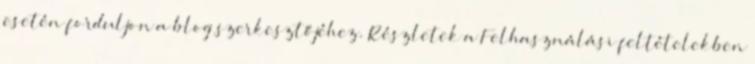
esetén forduljon a blog szerkesztőjéhez. Részletek a Felhasználási feltételekben